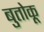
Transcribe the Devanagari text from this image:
बुतोकू